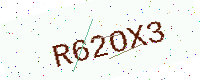
Text: R62OX3